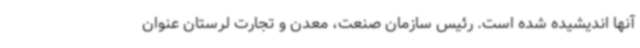
آنها اندیشیده شده است. رئیس سازمان صنعت، معدن و تجارت لرستان عنوان